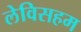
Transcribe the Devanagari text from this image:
लेविसहम